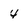
Character: 4